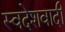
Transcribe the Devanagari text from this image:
स्वदेशवादी